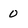
Character: 0